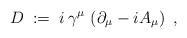
LaTeX: \begin{align*}D\;:=\; i\,\gamma^\mu\,\left( \partial_\mu - i A_\mu\right) \ ,\end{align*}